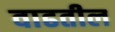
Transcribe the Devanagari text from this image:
वाढतील